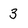
Character: 3